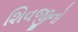
શિવજીનો